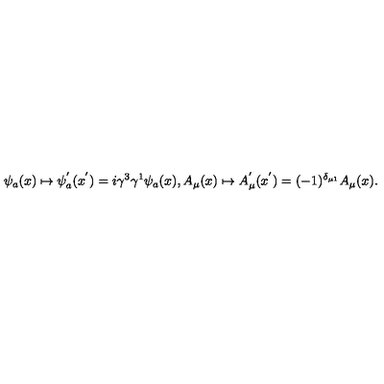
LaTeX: \psi _ { a } ( x ) \mapsto \psi _ { a } ^ { ' } ( x ^ { ' } ) = i \gamma ^ { 3 } \gamma ^ { 1 } \psi _ { a } ( x ) , A _ { \mu } ( x ) \mapsto A _ { \mu } ^ { ' } ( x ^ { ' } ) = ( - 1 ) ^ { \delta _ { \mu 1 } } A _ { \mu } ( x ) .